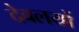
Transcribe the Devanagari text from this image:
देवलयों